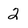
Character: 2